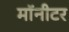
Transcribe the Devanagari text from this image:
माॅनीटर